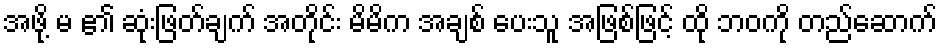
အဖို့ မ ၏ ဆုံးဖြတ်ချက် အတိုင်း မိမိက အချစ် ပေးသူ အဖြစ်ဖြင့် ထို ဘဝကို တည်ဆောက်